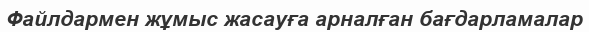
Файлдармен жұмыс жасауға арналған бағдарламалар